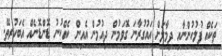
ތަކެއް ފުލުހުންނާއި ދިމާލަށް އައުގުރާނަ ގޮވަމުން ދިއުމުން އެއިން ކެއްކުނު ޑޮންޑޮނެއް އެބަހުރިތޭ.